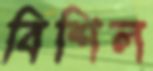
বিশিল